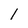
Character: 1